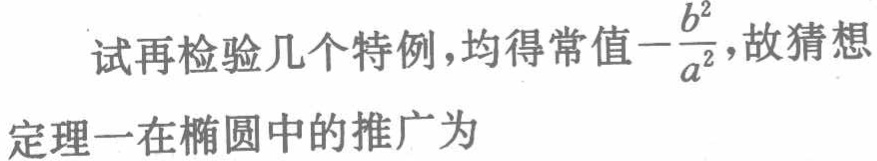
试再检验几个特例，均得常值\(-\frac{b^{2}}{a^{2}}\)，故猜想
定理一在椭圆中的推广为